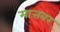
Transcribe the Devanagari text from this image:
मात्तबर